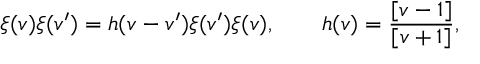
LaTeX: \xi ( v ) \xi ( v ^ { \prime } ) = h ( v - v ^ { \prime } ) \xi ( v ^ { \prime } ) \xi ( v ) , \qquad h ( v ) = \frac { [ v - 1 ] } { [ v + 1 ] } ,